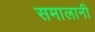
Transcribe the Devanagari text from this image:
समालानी